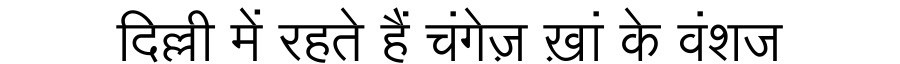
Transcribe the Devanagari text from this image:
दिल्ली में रहते हैं चंगेज़ ख़ां के वंशज